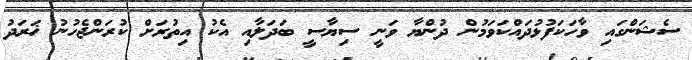
ސެޝަންގައި ވާހަކަފުޅުދައްކަވަމުން ދުންޔާ ވަނީ ސިޔާސީ ބަދަލާއި އެކު އިތުރަށް ކުރަންޖެހުނު ޚަރަދު